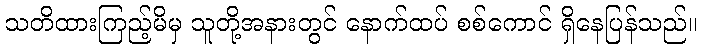
သတိထားကြည့်မိမှ သူတို့အနားတွင် နောက်ထပ် စစ်ကောင် ရှိနေပြန်သည်။